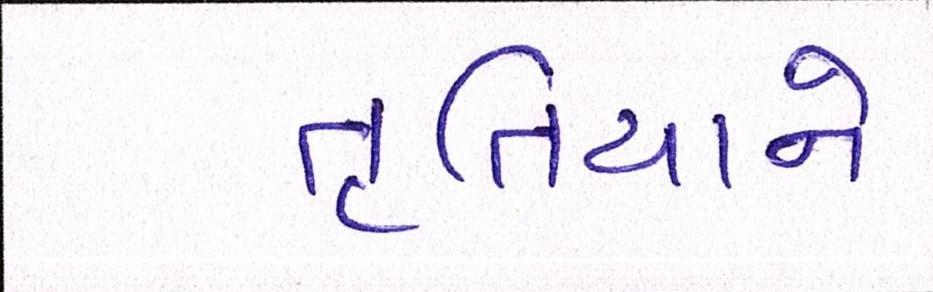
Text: તૃતિયાને